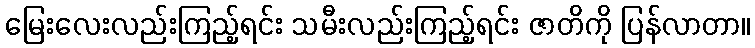
မြေးလေးလည်းကြည့်ရင်း သမီးလည်းကြည့်ရင်း ဇာတိကို ပြန်လာတာ။